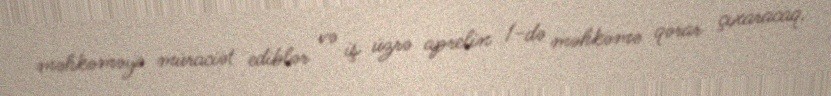
məhkəməyə müraciət ediblər və iş üzrə aprelin 1-də məhkəmə qərar çıxaracaq.